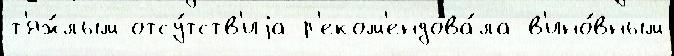
т'яж́лым отсу́тств'иjа р'еком'ендова́ла в'ино́вным